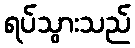
ရပ်သွားသည်